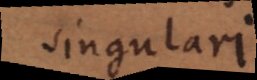
singulari.